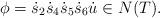
LaTeX: \begin{align*}\phi=\dot{s}_2\dot{s}_4\dot{s}_5\dot{s}_6\dot{u}\in N(T).\end{align*}